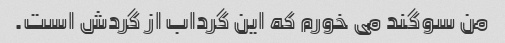
من سوگند می خورم که این گرداب از گردش است.